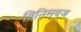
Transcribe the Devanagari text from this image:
विनिमयज